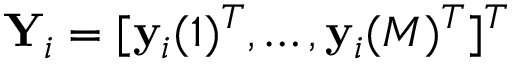
\mathbf { Y } _ { i } = [ \mathbf { y } _ { i } ( 1 ) ^ { T } , \ldots , \mathbf { y } _ { i } ( M ) ^ { T } ] ^ { T }